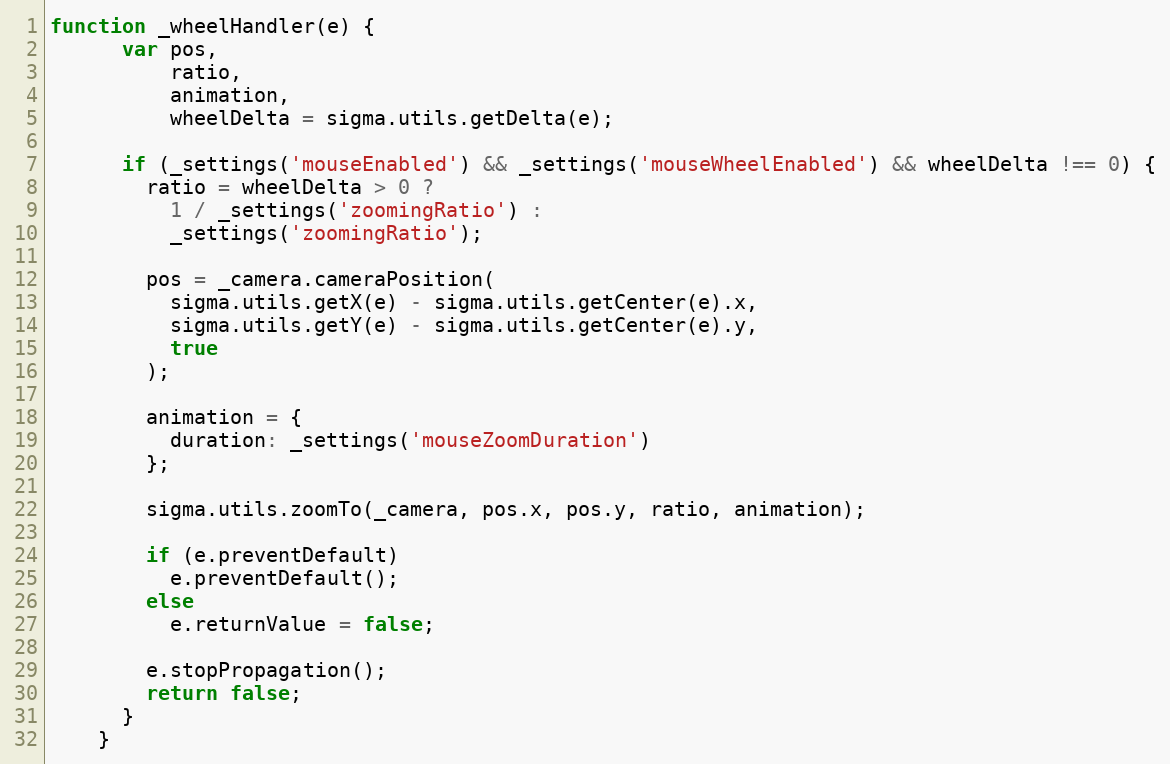
Language: JavaScript
function _wheelHandler(e) {
      var pos,
          ratio,
          animation,
          wheelDelta = sigma.utils.getDelta(e);

      if (_settings('mouseEnabled') && _settings('mouseWheelEnabled') && wheelDelta !== 0) {
        ratio = wheelDelta > 0 ?
          1 / _settings('zoomingRatio') :
          _settings('zoomingRatio');

        pos = _camera.cameraPosition(
          sigma.utils.getX(e) - sigma.utils.getCenter(e).x,
          sigma.utils.getY(e) - sigma.utils.getCenter(e).y,
          true
        );

        animation = {
          duration: _settings('mouseZoomDuration')
        };

        sigma.utils.zoomTo(_camera, pos.x, pos.y, ratio, animation);

        if (e.preventDefault)
          e.preventDefault();
        else
          e.returnValue = false;

        e.stopPropagation();
        return false;
      }
    }